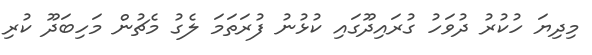
މިދިޔަ ހުކުރު ދުވަހު ގުރައިދޫގައި ކުޅުނު ފުރަތަމަ ލެގު މެޗުން މަހިބަދޫ ކުރި